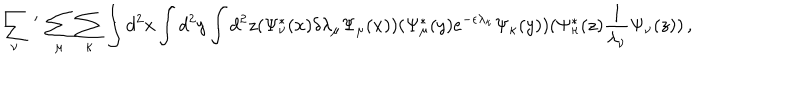
LaTeX: \sum _ { \nu } \, ^ { \prime } \, \sum _ { \mu } \sum _ { \kappa } \int d ^ { 2 } x \int d ^ { 2 } y \int d ^ { 2 } z ( \Psi _ { \nu } ^ { * } ( x ) \delta \lambda _ { \mu } \Psi _ { \mu } ( x ) ) ( \Psi _ { \mu } ^ { * } ( y ) e ^ { - \epsilon \lambda _ { \kappa } } \Psi _ { \kappa } ( y ) ) ( \Psi _ { \kappa } ^ { * } ( z ) { \frac { 1 } { \lambda _ { \nu } } } \Psi _ { \nu } ( z ) ) \, ,